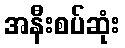
အနီးစပ်ဆုံး